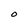
Character: O